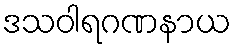
ဒသဝါရဂဏနာယ